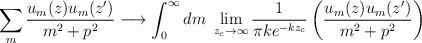
LaTeX: \begin{align*}\sum_{m} \frac{u_m(z)u_m(z')}{m^2+p^2} \longrightarrow \int_{0}^{\infty} dm~\lim_{z_c \to \infty} \frac{1}{\pi k e^{-kz_c}} \left(\frac{u_m(z)u_m(z')}{m^2+p^2}\right)\end{align*}